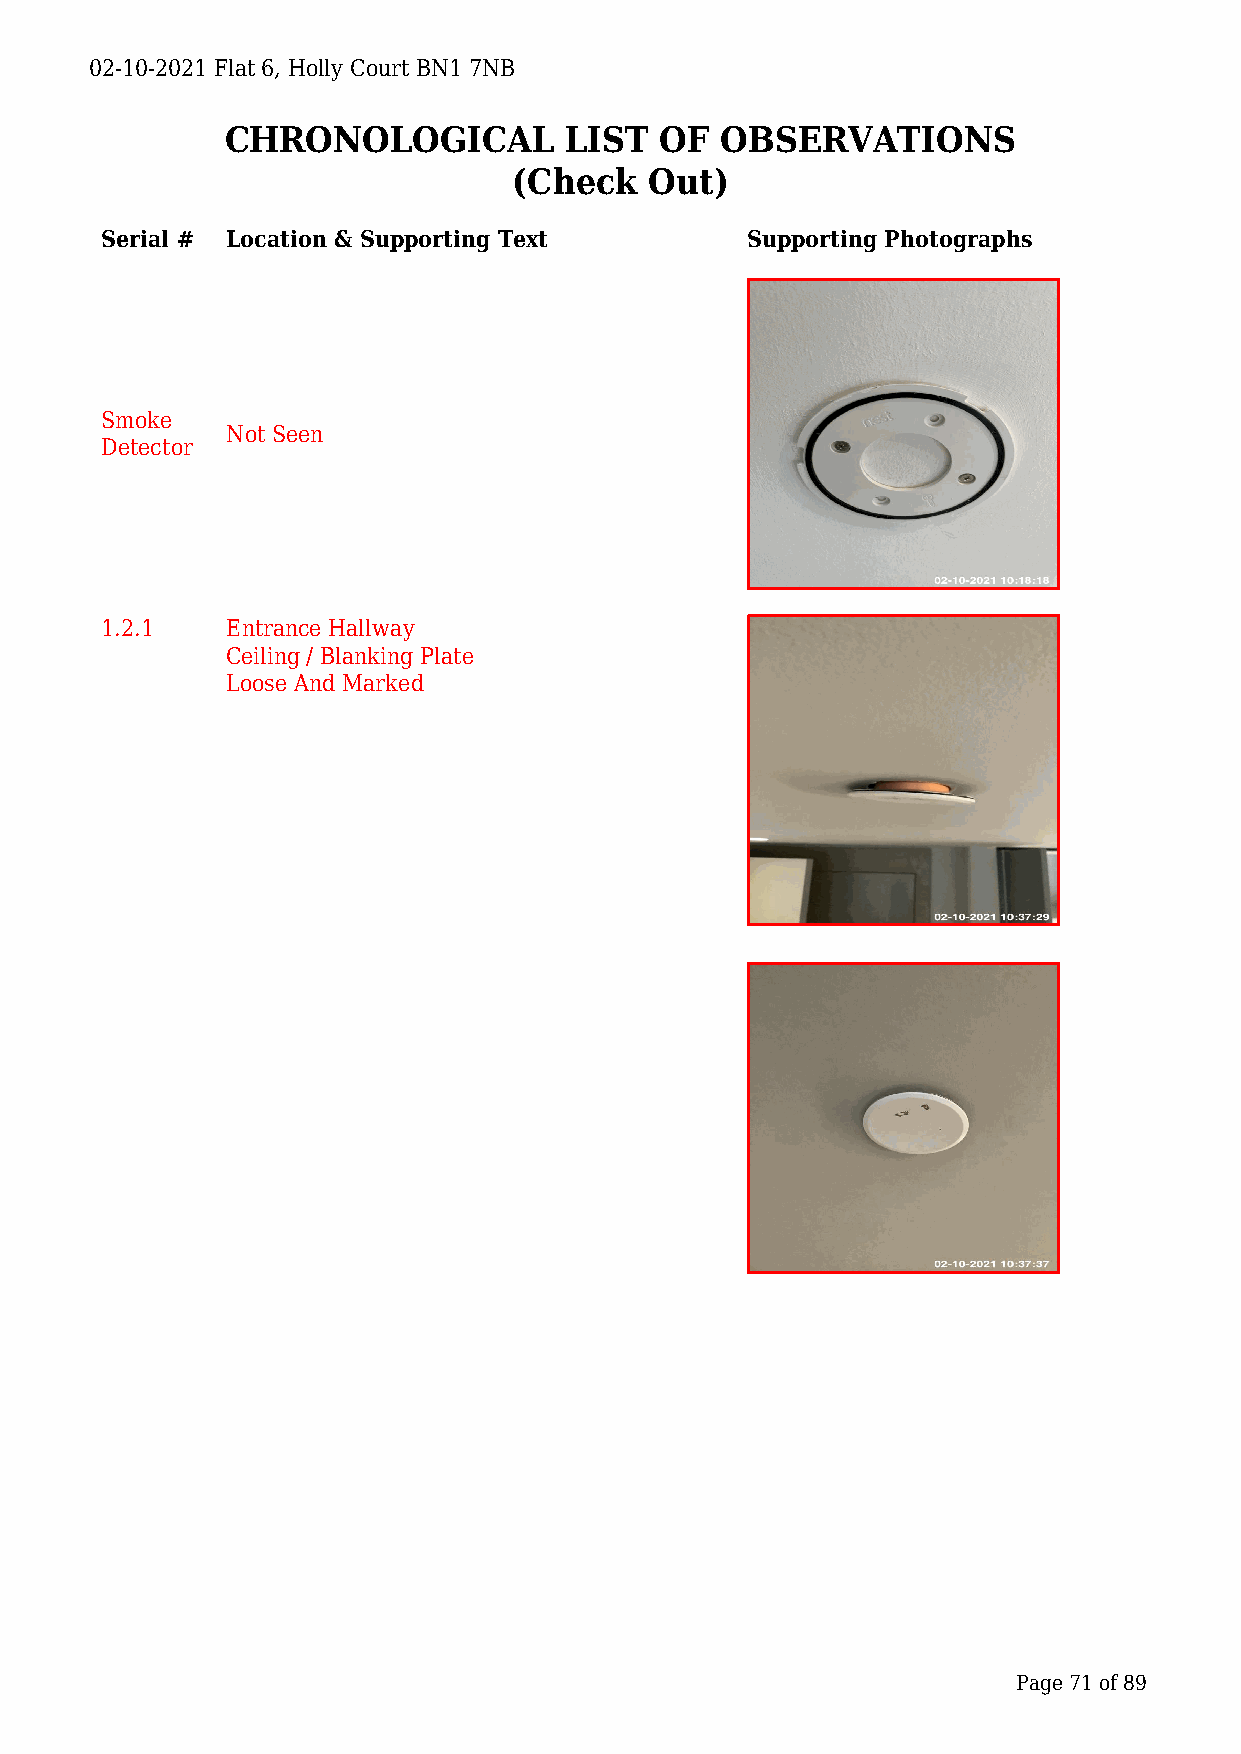
02-10-2021 Flat 6, Holly Court BN1 7NB
 CHRONOLOGICAL         LIST   OF  OBSERVATIONS
 (Check   Out)
 Serial # Location & Supporting Text       Supporting Photographs
 Smoke
 Not Seen
 Detector
 1.2.1   Entrance Hallway
 Ceiling / Blanking Plate
 Loose And Marked
 Page 71 of 89